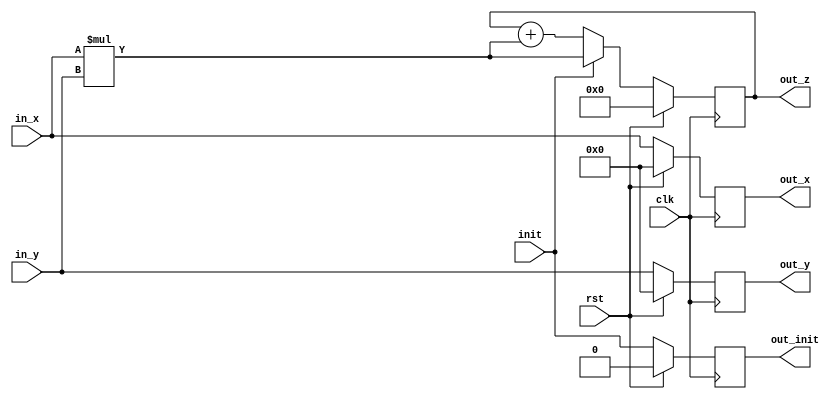
// This program was cloned from: https://github.com/Revenantx86/tt07-tinytpu
// License: Apache License 2.0

module mac #
(
    parameter D_W = 16
)
(   
    input  wire               clk,         // Clock
    input  wire               rst,         // reset
    input  wire               init,        // Initalize first op
    input  wire [D_W-1:0]     in_x,        // Input from X axis
    input  wire [D_W-1:0]     in_y,        // Input from Y axis
    output reg  [D_W-1:0]     out_x,       // x axis input passthrough
    output reg  [D_W-1:0]     out_y,       // y axis input passthrough
    output reg  [(2*D_W-1):0] out_z,       // Output for the sum
    output reg                out_init     // Init passthrough
);
//
always @(posedge clk) begin
    //
    out_x <= in_x;
    out_y <= in_y;
    out_init <= init;
    //
    if(rst) begin                       // Reset
        out_z <= 0;                     
        out_y <= 0;
        out_x <= 0;
        out_init <= 0;
    end
    //
    else if(init)
        out_z <= in_x * in_y;           // Multiply & Override 
    //
    else
        out_z <= out_z + (in_x* in_y);  // Multiply & Accumulate
    //
end
//
endmodule